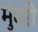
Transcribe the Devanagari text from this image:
मुंबरी